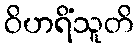
ဝိဟရိံသူတိ